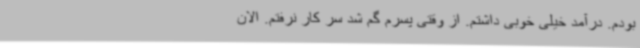
بودم. درآمد خیلی خوبی داشتم. از وقتی پسرم گم شد سر کار نرفتم. الان